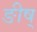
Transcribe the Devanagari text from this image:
ङीष्